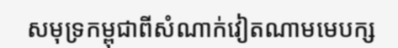
សមុទ្រកម្ពុជាពីសំណាក់វៀតណាមមេបក្ស